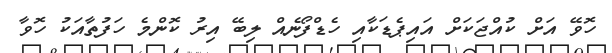
ހޮވޭ އަށް ކުއްޖަކަށް އައިޕެޑަކާއި ހެޑްފޯނެއް ލިބޭ އިރު ކޮންމެ ހަފުތާއަކު ހޮވާ